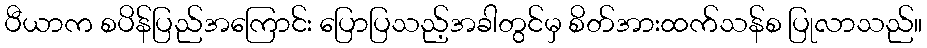
ပီယာက စပိန်ပြည်အကြောင်း ပြောပြသည့်အခါတွင်မှ စိတ်အားထက်သန်စ ပြုလာသည်။